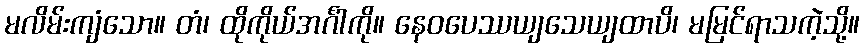
မလိမ်းကျံသော။ တံ၊ ထိုကိုယ်အင်္ဂါကို။ နေဝပေဿယျသေယျထာပိ၊ မမြင်ရာသကဲ့သို့။